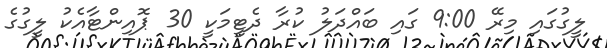
ލީގުގައި މިރޭ 9:00 ގައި ބައްދަލު ކުރާ ދެޓީމަކީ 30 ޕޮއިންޓާއެކު ލީގުގެ